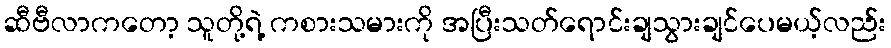
ဆီဗီလာကတော့ သူတို့ရဲ့ ကစားသမားကို အပြီးသတ်ရောင်းချသွားချင်ပေမယ့်လည်း